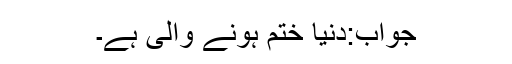
جواب:دنیا ختم ہونے والی ہے۔